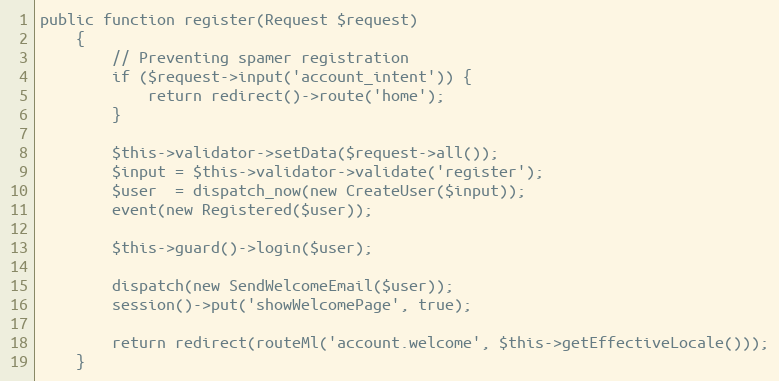
Language: PHP
public function register(Request $request)
    {
        // Preventing spamer registration
        if ($request->input('account_intent')) {
            return redirect()->route('home');
        }

        $this->validator->setData($request->all());
        $input = $this->validator->validate('register');
        $user  = dispatch_now(new CreateUser($input));
        event(new Registered($user));

        $this->guard()->login($user);

        dispatch(new SendWelcomeEmail($user));
        session()->put('showWelcomePage', true);

        return redirect(routeMl('account.welcome', $this->getEffectiveLocale()));
    }